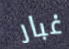
غبار